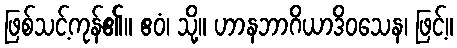
ဖြစ်သင့်ကုန်၏။ ဧဝံ၊ သို့။ ဟာနဘာဂိယာဒိဝသေန၊ ဖြင့်။